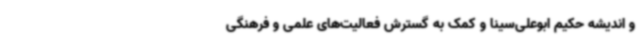
و اندیشه حکیم ابوعلی‌سینا و کمک به گسترش فعالیت‌های علمی و فرهنگی